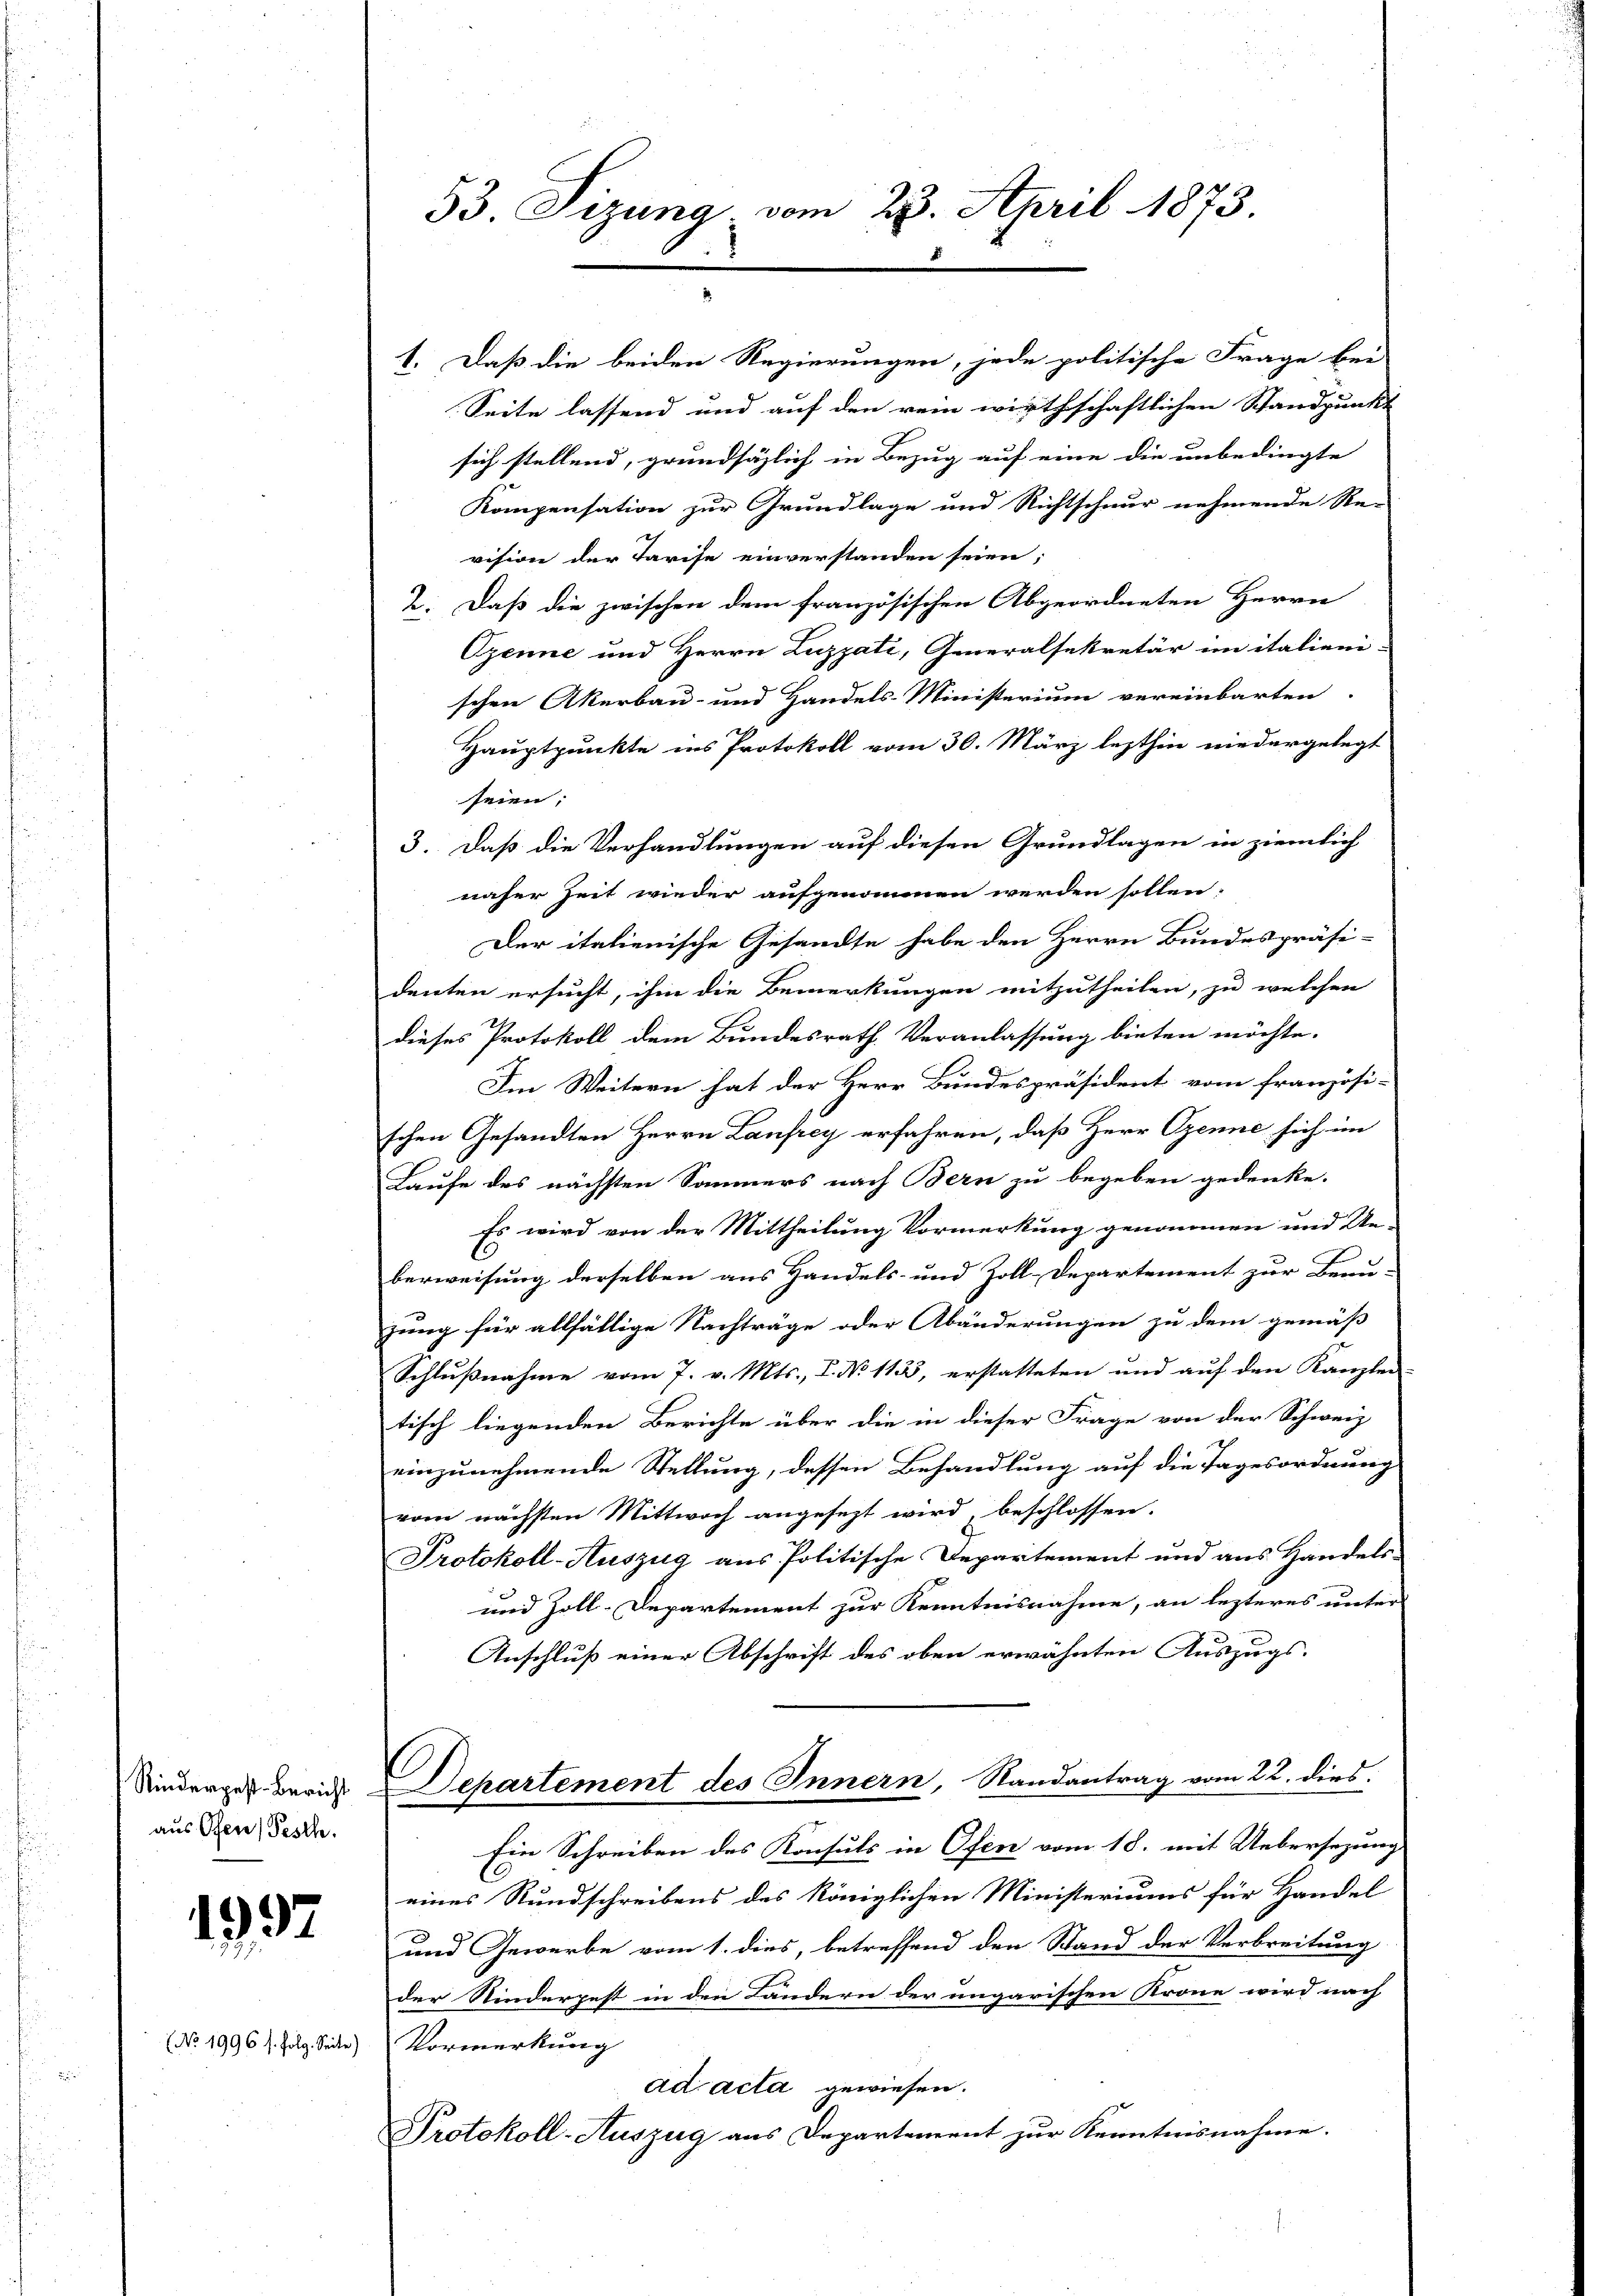
Rinderpest. Bericht
aus Ofen Pesth.

1932

(No 1996 s. folg. Seite)

53. Sizung vom 23. April 1873.

1. Daß die beiden Regierungen, jede politische Frage bei
Seite lassend und auf den rein wirthschaftlichen Standpunkt
sich stellend, grundsätzlich in Bezug auf eine die unbedingte
Kompensation zur Grundlage und Richtschnur nehmende Re-
vision der Tarise einverstanden seien;
2. Daß die zwischen dem französischen Abgeordneten Herrn
Ozenne und Herrn Luzzati, Generalsekretär im italieni-
schen Akerbau- und Handels-Ministerium vereinbarten.
Hauptpunkte ins Protokoll vom 30. März lezthin niedergelegt
seien;
3. Daß die Verhandlungen auf diesen Grundlagen in ziemlich
näher Zeit wieder aufgenommen werden sollen.
Der italienische Gesandte habe den Herrn Bundespräsi-
denten ersucht, ihm die Bemerkungen mitzutheilen, zu welchen
dieses Protokoll dem Bundesrath Veranlassung bieten möchte.
Im Weitern hat der Herr Bundespräsident vom französi-
schen Gesandten Herrn Laufrey erfahren, daß Herr Ozenne sich im
Laufe des nächsten Sommers nach Bern zu begeben gedenke.
Es wird von der Mittheilung Vormerkung genommen und Un-
berweisung derselben aus Handels- und Zoll-Departement zur Beau-
zung für allfällige Nachträge oder Abänderungen zu dem gemäß
Schlußnahme vom 7. v. Mts., I. No. 113, erstatteten und auf den Kanzlei-
tisch liegenden Berichte über die in dieser Frage von der Schweiz
x
einzunehmende Stellung, dessen Behandlung auf die Tagesordnung
vom nächsten Mittwoch angesezt wird, beschlossen:
Protokoll-Auszug aus Politische Departement und aus Handels-
und Zoll-Departement zur Kenntnisnahme, an lezteres unter
Anschluß einer Abschrift des oben erwähnten Auszugs-
Departement des Innern, Randantrag vom 22. dies
Ein Schreiben des Konsuls in Ofen vom 18. mit Uebersezung
eines Rundschreibens des königlichen Ministeriums für Handel
und Gewerbe vom 1. dies, betreffend den Stand der Verbreitung
der Niederpest in den Landern der ungarischen Krone wird nach
Vormerkung
ad acta gewiesen.
Protokoll-Auszug aus Departement zur Kenntnisnahme.